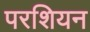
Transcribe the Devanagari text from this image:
परशियन